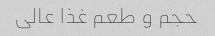
حجم و طعم غذا عالی